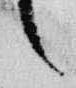
言